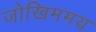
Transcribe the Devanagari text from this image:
जोखिममय